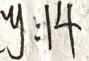
y : 1 4